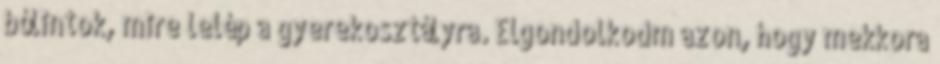
bólintok, mire lelép a gyerekosztályra. Elgondolkodm azon, hogy mekkora